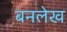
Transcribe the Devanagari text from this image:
बनलेख